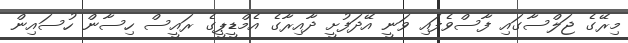
މިރޭގެ ޖަލްސާގައި ފާސްވެފައި ވަނީ އޭދަފުށީ ދާއިރާގެ އެމްޑީޕީގެ ރައީސް ހިސާން ހުސައިން